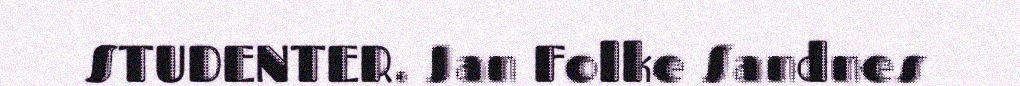
STUDENTER. Jan Folke Sandnes